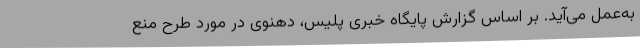
به‌عمل می‌آید. بر اساس گزارش پایگاه خبری پلیس، دهنوی در مورد طرح منع